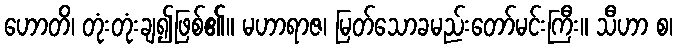
ဟောတိ၊ တုံးတုံးချ၍ဖြစ်၏။ မဟာရာဇ၊ မြတ်သောခမည်းတော်မင်းကြီး။ သီဟာ စ၊